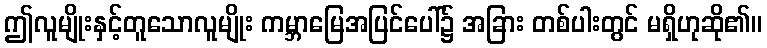
ဤလူမျိုးနှင့်တူသောလူမျိုး ကမ္ဘာမြေအပြင်ပေါ်၌ အခြား တစ်ပါးတွင် မရှိဟုဆို၏။